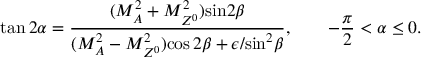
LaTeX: \tan 2 \alpha = \frac { ( M _ { A } ^ { 2 } + M _ { Z ^ { 0 } } ^ { 2 } ) { \sin } 2 \beta } { ( M _ { A } ^ { 2 } - M _ { Z ^ { 0 } } ^ { 2 } ) { \cos 2 } \beta + \epsilon / { \sin } ^ { 2 } \beta } , \quad \quad - \frac { \pi } { 2 } < \alpha \leq 0 .